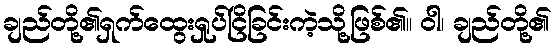
ချည်တို့၏ရှက်ထွေးရှုပ်ငြိခြင်းကဲ့သို့ဖြစ်၏။ ဝါ၊ ချည်တို့၏